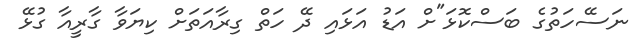
ނަސޭހަތުގެ ބަސްކޮޅަ"ށް އަޑު އަޅައި ދޭ ހަތް ގިރާއަތަށް ކިޔަވާ ގާރީއާ ގުޅޭ